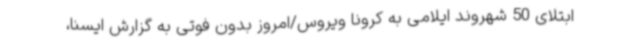
ابتلای 50 شهروند ایلامی به کرونا ویروس/امروز بدون فوتی به گزارش ایسنا،